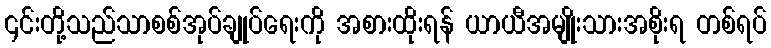
၎င်းတို့သည်သာစစ်အုပ်ချုပ်ရေးကို အစားထိုးရန် ယာယီအမျိုးသားအစိုးရ တစ်ရပ်